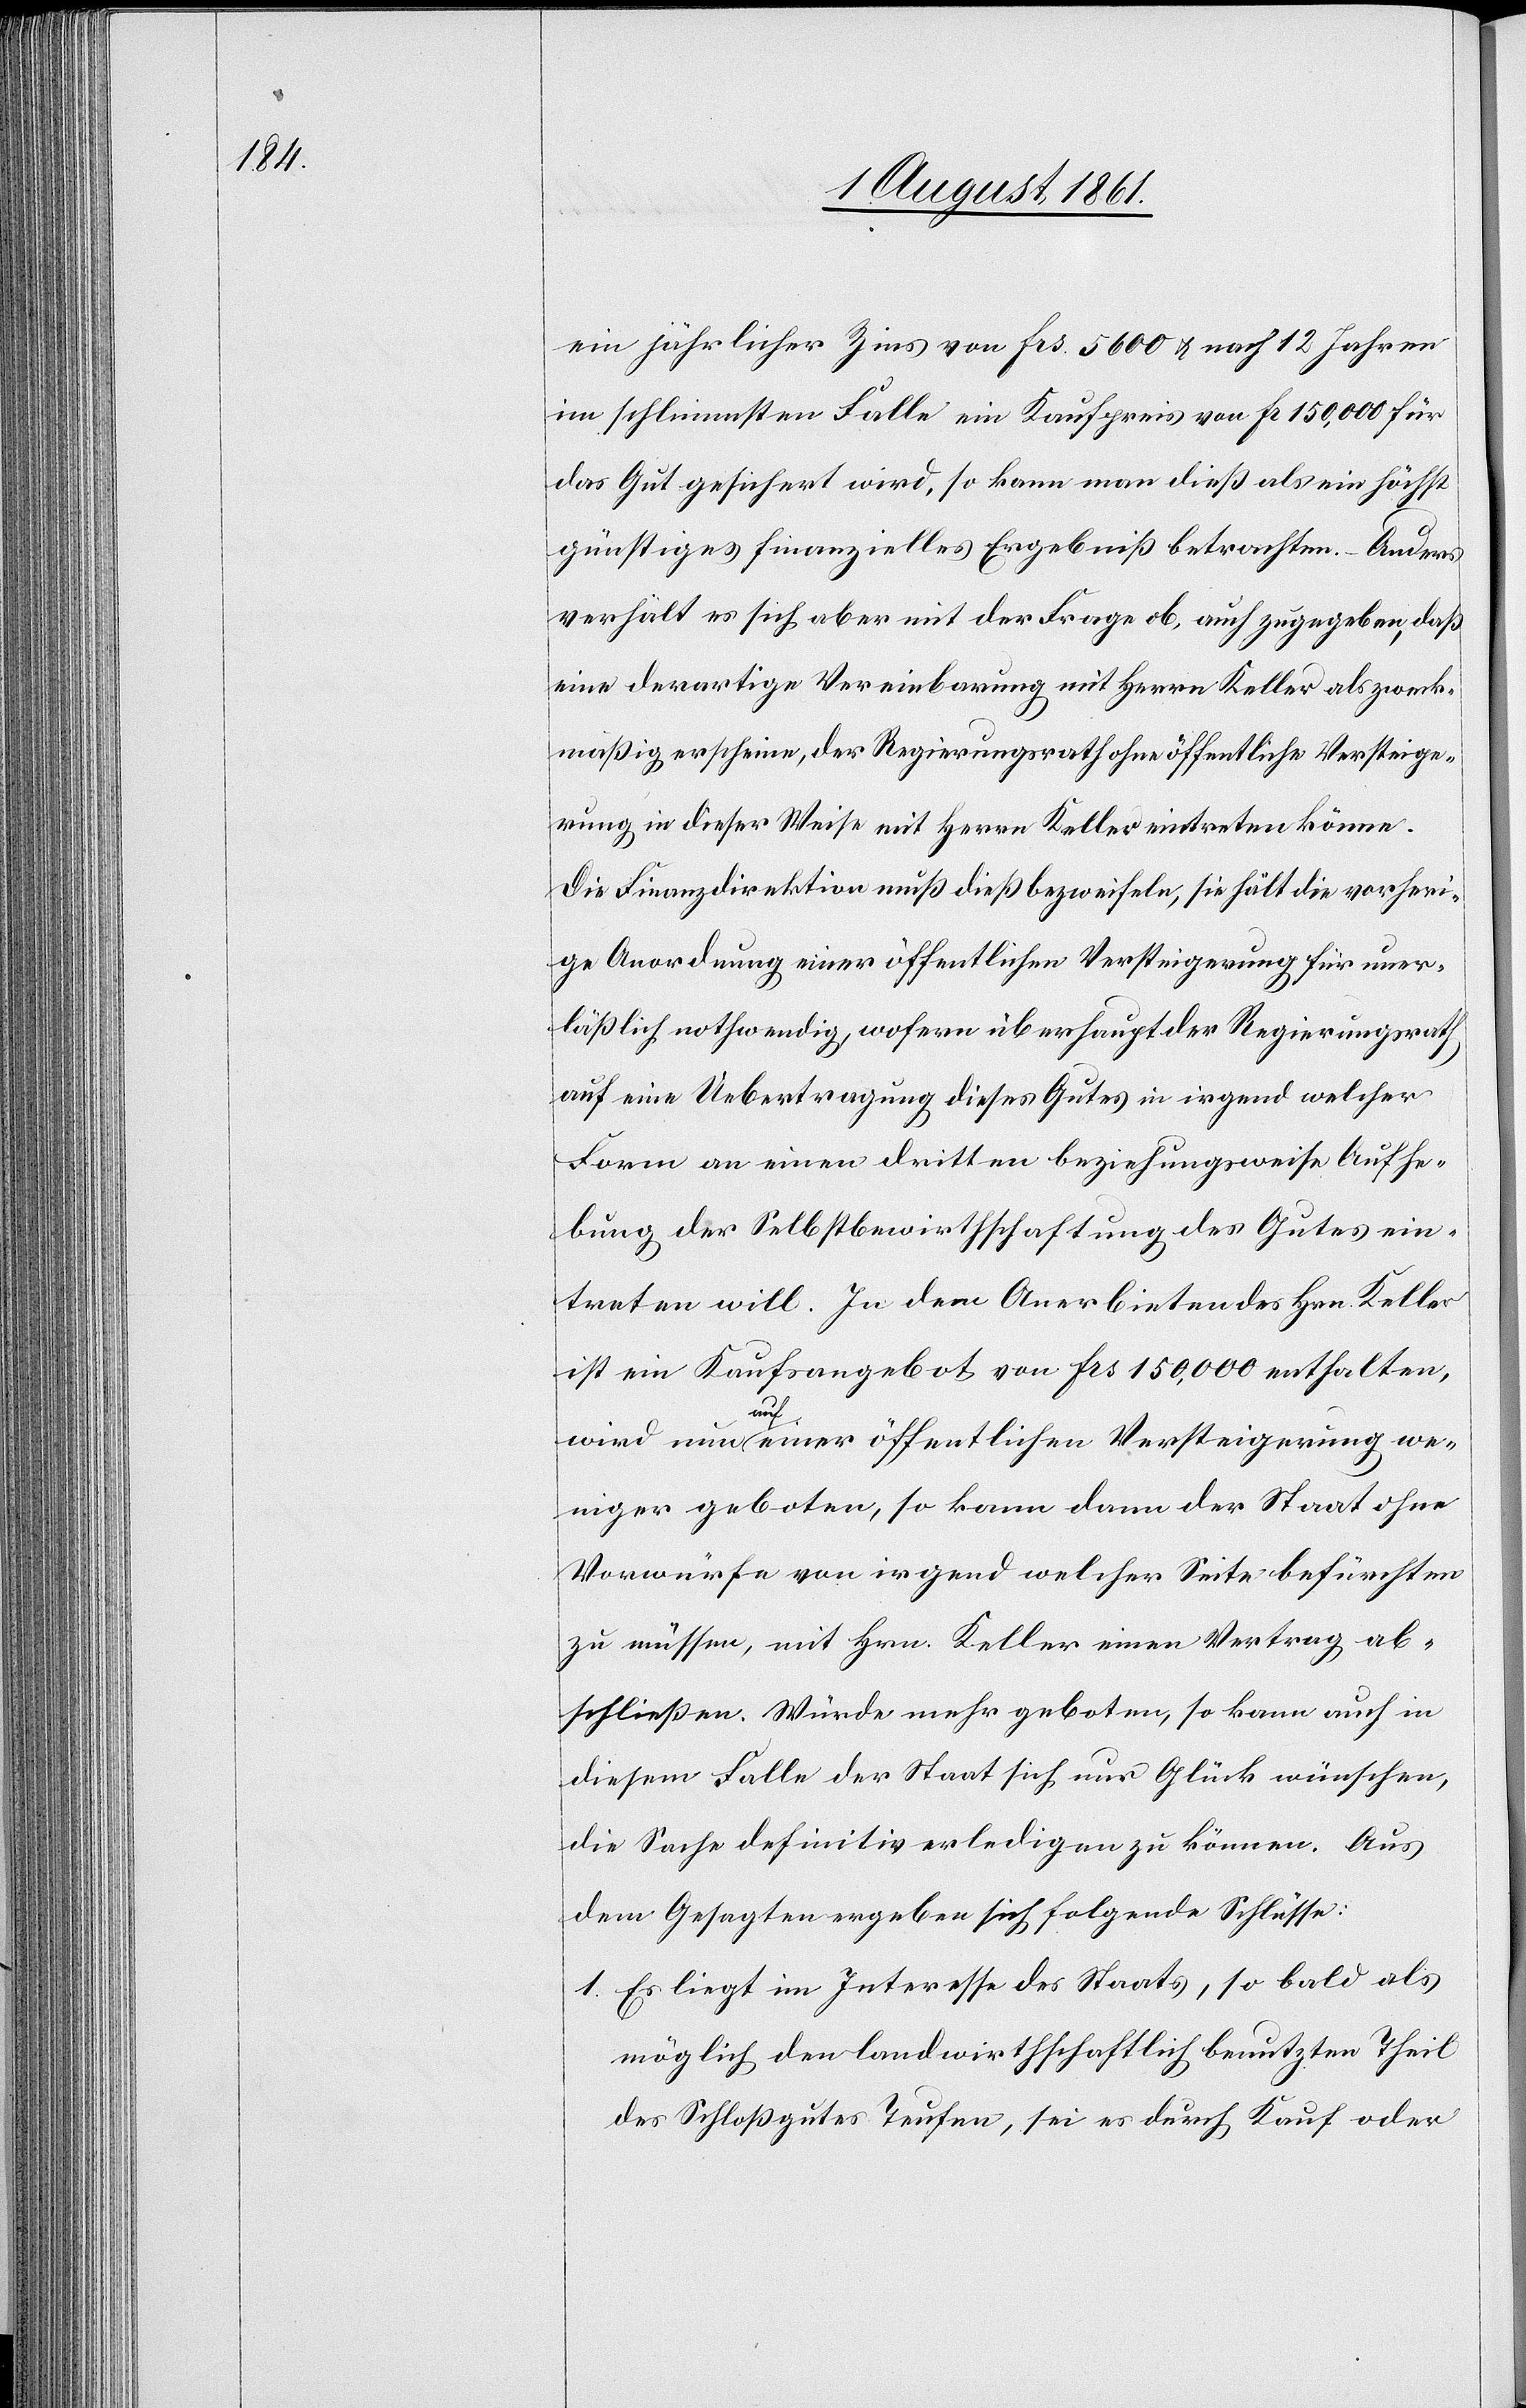
ein jährlicher Zins von frs 5600 u. nach 12 Jahren
im schlimmsten Falle ein Kaufpreis von Fr. 150,000 für
das Gut gesichert wird, so kann man dieß als ein höchst
günstiges finanzielles Ergebniß betrachten. Anders
verhält es sich aber mit der Frage ob, auch zugegeben, daß
eine derartige Vereinbarung mit Herrn Keller als zweck¬
mäßig erscheine, der Regierungsrath ohne öffentliche Versteige¬
rung in dieser Weise mit Herrn Keller eintreten könne.
Die Finanzdirekion muß dieß bezweifeln, sie hält die vorheri¬
ge Anordnung einer öffentlichen Versteigerung für uner¬
läßlich nothwendig, wofern überhaupt der Regierungsrath
auf eine Uebertragung dieses Gutes in irgend welcher
Form an einen dritten beziehungsweise Aufhe¬
bung der Selbstbewirthschaftung des Gutes ein¬
treten will. In dem Anerbieten des Hrn. Keller
ist ein Kaufsangebot von frs 150,000 enthalten,
wird nun auf einer öffentlichen Versteigerung we¬
niger geboten, so kann dann der Staat ohne
Vorwürfe von irgend welcher Seite befürchten
zu müssen, mit Hrn. Keller einen Vertrag ab¬
schließen. Würde mehr geboten, so kann auch in
diesem Falle der Staat sich nur Glück wünschen,
die Sache definitiv erledigen zu können. Aus
dem Gesagten ergeben sich folgende Schlüsse:
1. Es liegt im Interesse des Staats, so bald als
möglich den landwirthschaftlichen benutzten Theil
des Schloßgutes Teufen, sei es durch Kauf oder